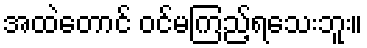
အထဲတောင် ဝင်မကြည့်ရသေးဘူး။